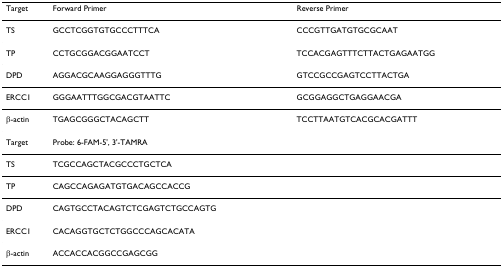
| Target | Forward Primer | Reverse Primer |
 | --- | --- | --- |
 | TS | GCCTCGGTGTGCCCTTTCA | CCCGTTGATGTGCGCAAT |
 | TP | CCTGCGGACGGAATCCT | TCCACGAGTTTCTTACTGAGAATGG |
 | DPD | AGGACGCAAGGAGGGTTTG | GTCCGCCGAGTCCTTACTGA |
 | ERCC1 | GGGAATTTGGCGACGTAATTC | GCGGAGGCTGAGGAACGA |
 | β-actin | TGAGCGGGCTACAGCTT | TCCTTAATGTCACGCACGATTT |
 | Target | Probe: 6-FAM-5', 3'-TAMRA |  |
 | TS | TCGCCAGCTACGCCCTGCTCA |  |
 | TP | CAGCCAGAGATGTGACAGCCACCG |  |
 | DPD | CAGTGCCTACAGTCTCGAGTCTGCCAGTG |  |
 | ERCC1 | CACAGGTGCTCTGGCCCAGCACATA |  |
 | β-actin | ACCACCACGGCCGAGCGG |  |